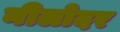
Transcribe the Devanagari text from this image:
नीलोदर